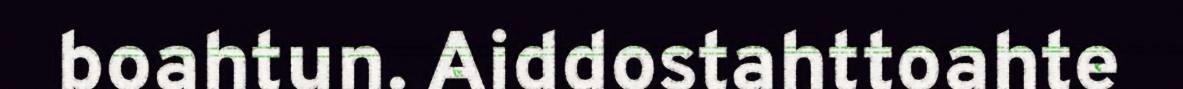
boahtun. Aiddostahttoahte